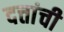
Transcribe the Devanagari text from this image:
दत्तांची